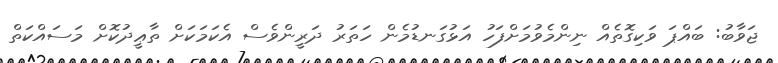
ޖަވާބު: ބައްޕަ ވަކިގޮތެއް ނިންމެވުމަށްފަހު އަޅުގަނޑުމެން ހަތަރު ދަރީންވެސް އެކަމަކަށް ތާޢީދުކޮށް މަސައްކަތް